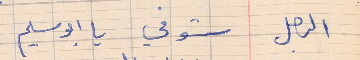
الرجل       شو في يا ابو سليم